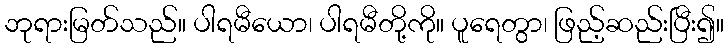
ဘုရားမြတ်သည်။ ပါရမီယော၊ ပါရမီတို့ကို။ ပူရေတွာ၊ ဖြည့်ဆည်းပြီး၍။